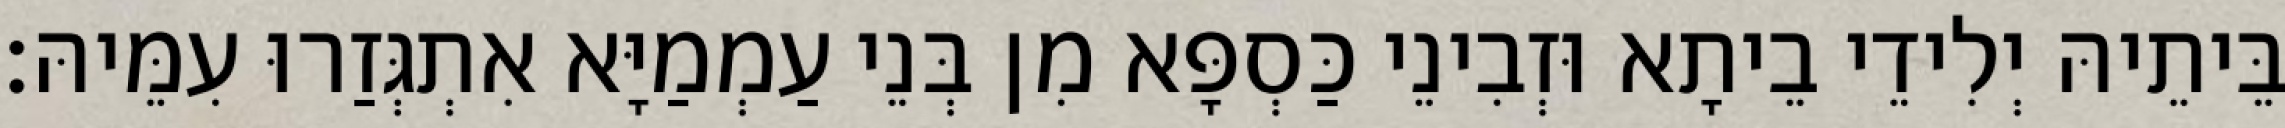
בֵּיתֵיהּ יְלִידֵי בֵיתָא וּזְבִינֵי כַּסְפָּא מִן בְּנֵי עַמְמַיָּא אִתְגְּזַרוּ עִמֵּיהּ׃